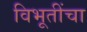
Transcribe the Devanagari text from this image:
विभूतींचा